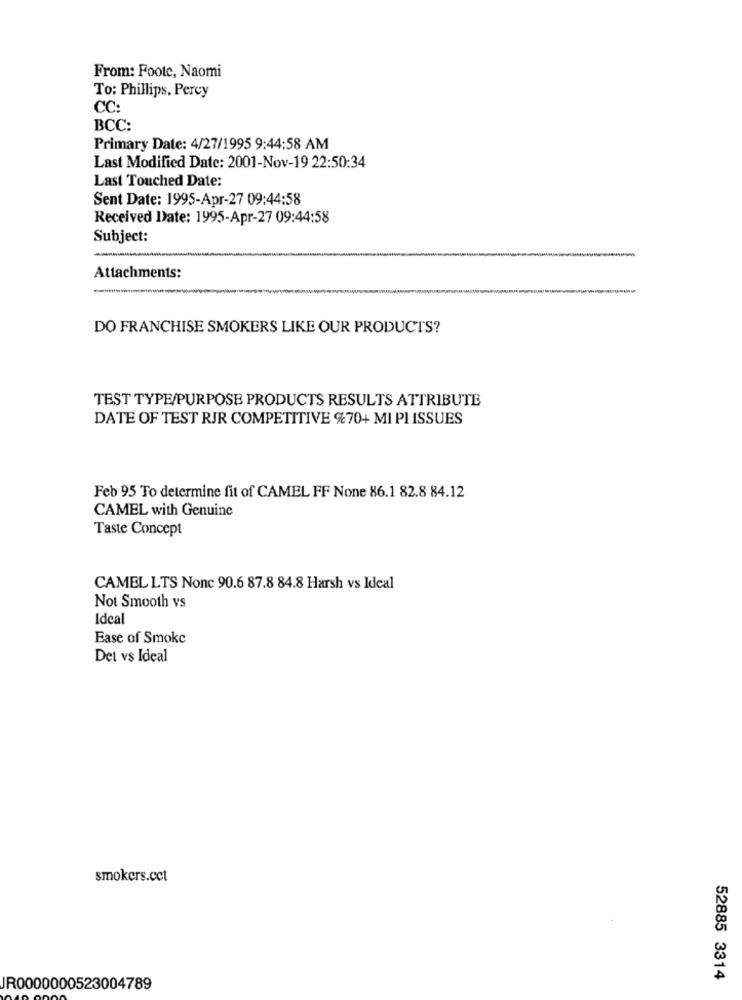
From: Foote, Naomi
To: Phillips, Percy
CC:
BCC:
Primary Date: 4/27/1995 9:44:58 AM
Last Modified Date: 2001-Nov-19 22:50:34
Last Touched Date:
Sent Date: 1995-Apr-27 09:44:58
Received Date: 1995-Apr-27 09:44:58
Subject:
Attachments:
DO FRANCHISE SMOKERS LIKE OUR PRODUCTS?
TEST TYPE/PURPOSE PRODUCTS RESULTS ATTRIBUTE
DATE OF TEST RJR COMPETITIVE %70+ MI PI ISSUES
Feb 95 To determine fit of CAMEL FF None 86.1 82.8 84.12
CAMEL with Genuine
Taste Concept
CAMEL LTS Nonc 90.6 87.8 84.8 Harsh vs Ideal
Not Smooth vs
Ideal
Ease of Smoke
Det vs Ideal
smokers.cct
52885 3314
IR0000000523004789